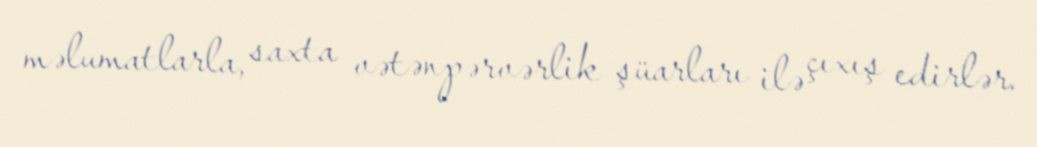
məlumatlarla, saxta vətənpərvərlik şüarları ilə çıxış edirlər.